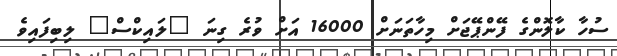
ސުހާ ކާލޮންގެ ފޭންޕޭޖަށް މިހާތަނަށް 16000 އަށް ވުރެ ގިނަ "ލައިކްސް" ލިބިފައިވެ